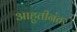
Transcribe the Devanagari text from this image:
आहुतीनंतर